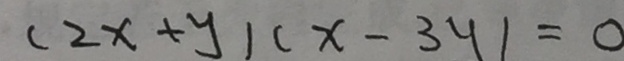
( 2 x + y ) ( x - 3 y ) = 0